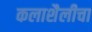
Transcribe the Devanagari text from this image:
कलाशैलीचा